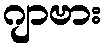
ဂျာဗား